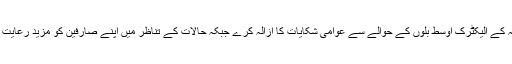
ایک بیان میں انہوں نے کہا کہ کے الیکٹرک اوسط بلوں کے حوالے سے عوامی شکایات کا ازالہ کرے جبکہ حالات کے تناظر میں اپنے صارفین کو مزید رعایت اور ان کے ساتھ نرمی برتے۔